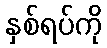
နှစ်ရပ်ကို